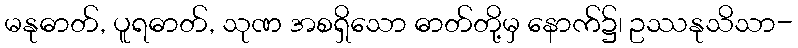
မနုဓာတ်, ပူရဓာတ်, သုဏ အစရှိသော ဓာတ်တို့မှ နောက်၌၊ ဥဿနုသိသာ-